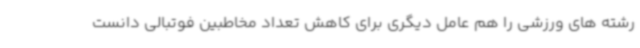
رشته های ورزشی را هم عامل دیگری برای کاهش تعداد مخاطبین فوتبالی دانست